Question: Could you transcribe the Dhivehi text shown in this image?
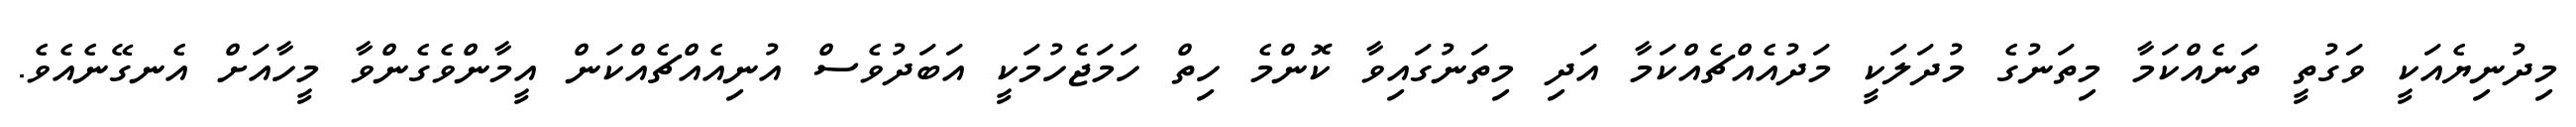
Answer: މިދުނިޔެއަކީ ވަގުތީ ތަނެއްކަމާ މިތަނުގެ މުދަލަކީ މަދުއެއްޗެއްކަމާ އަދި މިތަނުގައިވާ ކޮންމެ ހިތް ހަމަޖެހުމަކީ އަބަދުވެސް އުނިއެއްޗެއްކަން އީމާންވެގެންވާ މީހާއަށް އެނގޭނެއެވެ.